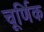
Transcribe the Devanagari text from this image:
चूर्णिक